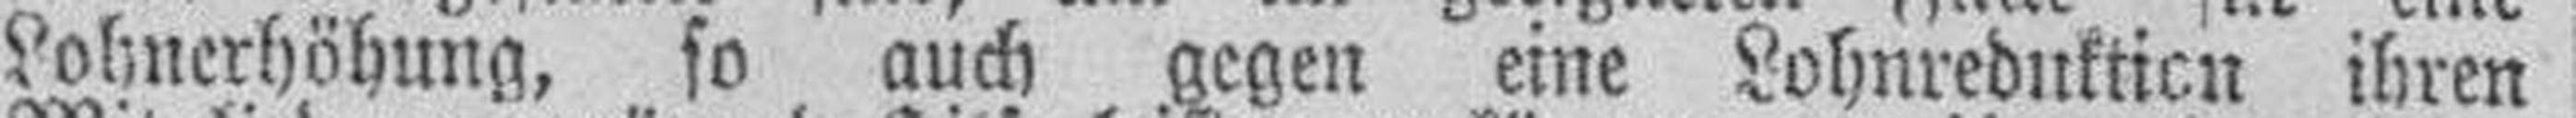
Lohnerhöhung, so auch gegen eine Lohnreduktion ihren